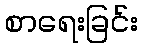
စာရေးခြင်း